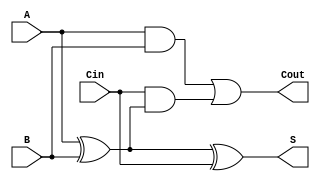
module full_adder (
    input wire A,     // First binary input
    input wire B,     // Second binary input
    input wire Cin,   // Carry-in input
    output wire S,    // Sum output
    output wire Cout   // Carry-out output
);

// Behavioral description of the full adder
assign S = A ^ B ^ Cin;                      // Sum calculation
assign Cout = (A & B) | (Cin & (A ^ B));    // Carry-out calculation

endmodule